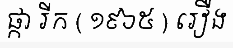
ផ្កា រីក ( ១៩៦៥ ) រឿង